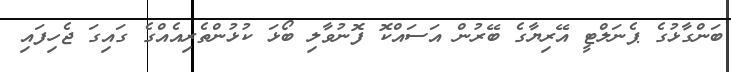
ބަންގާޅުގެ ޕެނަލްޓީ އޭރިޔާގެ ބޭރުން އަސައްކޮ ފޮނުވާލި ބޯޅަ ކުޅުންތެރިއެއްގެ ގައިގަ ޖެހިފައި